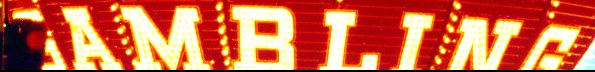
GAMBLING